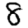
Digit: 8